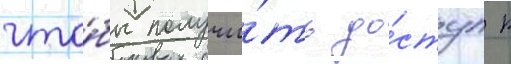
что́бы получи́ть до́ступ к